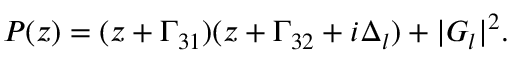
P ( z ) = ( z + \Gamma _ { 3 1 } ) ( z + \Gamma _ { 3 2 } + i \Delta _ { l } ) + | G _ { l } | ^ { 2 } .